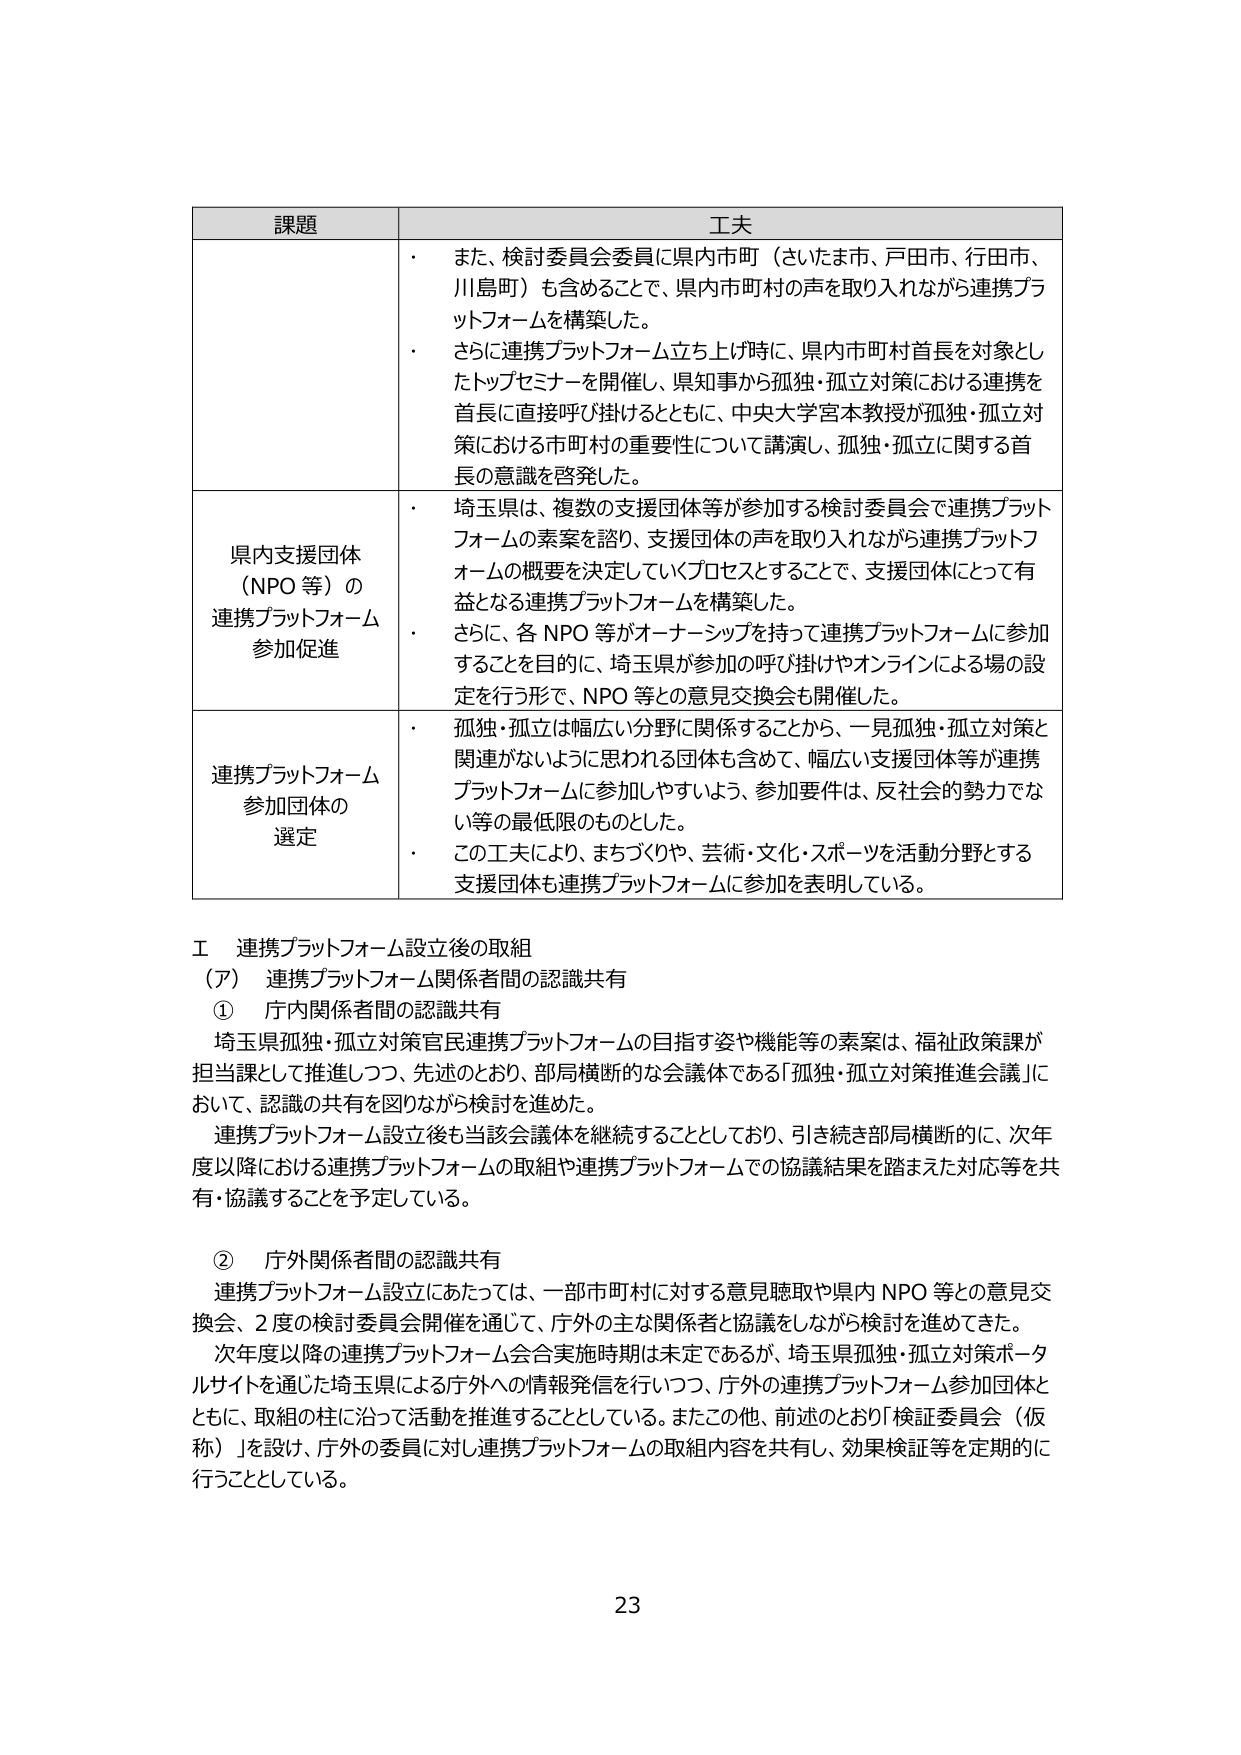
課題 工夫
・ また、検討委員会委員に県内市町（さいたま市、戸田市、行田市、 川島町）も含めることで、県内市町村の声を取り入れながら連携プラ ットフォームを構築した。
・ さらに連携プラットフォーム立ち上げ時に、県内市町村首長を対象とし たトップセミナーを開催し、県知事から孤独・孤立対策における連携を 首長に直接呼び掛けるとともに、中央大学宮本教授が孤独・孤立対 策における市町村の重要性について講演し、孤独・孤立に関する首 長の意識を啓発した。
県内支援団体 （NPO 等）の 連携プラットフォーム 参加促進
・ 埼玉県は、複数の支援団体等が参加する検討委員会で連携プラット フォームの素案を諮り、支援団体の声を取り入れながら連携プラットフ ォームの概要を決定していくプロセスとすることで、支援団体にとって有 益となる連携プラットフォームを構築した。
・ さらに、各 NPO 等がオーナーシップを持って連携プラットフォームに参加 することを目的に、埼玉県が参加の呼び掛けやオンラインによる場の設 定を行う形で、NPO 等との意見交換会も開催した。
連携プラットフォーム 参加団体の 選定
・ 孤独・孤立は幅広い分野に関係することから、一見孤独・孤立対策と 関連がないように思われる団体も含めて、幅広い支援団体等が連携 プラットフォームに参加しやすいよう、参加要件は、反社会的勢力でな い等の最低限のものとした。
・ この工夫により、まちづくりや、芸術・文化・スポーツを活動分野とする 支援団体も連携プラットフォームに参加を表明している。
Ⅰ 連携プラットフォーム設立後の取組
（ア） 連携プラットフォーム関係者間の認識共有
① 庁内関係者間の認識共有
埼玉県孤独・孤立対策官民連携プラットフォームの目指す姿や機能等の素案は、福祉政策課が 担当課として推進しつつ、先述のとおり、部局横断的な会議体である「孤独・孤立対策推進会議」に おいて、認識の共有を図りながら検討を進めた。
連携プラットフォーム設立後も当該会議体を継続することとしており、引き続き部局横断的に、次年 度以降における連携プラットフォームの取組や連携プラットフォームでの協議結果を踏まえた対応等を共 有・協議することを予定している。
② 庁外関係者間の認識共有
連携プラットフォーム設立にあたっては、一部市町村に対する意見聴取や県内 NPO 等との意見交 換会、2 度の検討委員会開催を通じて、庁外の主な関係者と協議をしながら検討を進めてきた。
次年度以降の連携プラットフォーム会合実施時期は未定であるが、埼玉県孤独・孤立対策ポータ ルサイトを通じた埼玉県による庁外への情報発信を行いつつ、庁外の連携プラットフォーム参加団体と ともに、取組の柱に沿って活動を推進することとしている。またこの他、前述のとおり「検討委員会（仮 称）」を設け、庁外の委員に対し連携プラットフォームの取組内容を共有し、効果検証等を定期的に 行うこととしている。
23